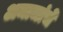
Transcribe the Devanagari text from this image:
अमाजांचे